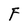
Character: F